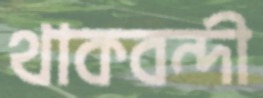
থাকবন্দী